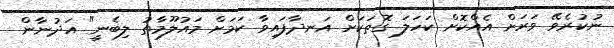
ނުކުރެވޭ ވަރަށް އެއްކޮށް ކަހަލަ ގޮތަކަށް އަނދާފައިވާ ކަމަށް މައުލޫމާތު ލިބެނީ" އަދުނާން